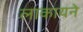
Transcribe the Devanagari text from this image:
लाकायने